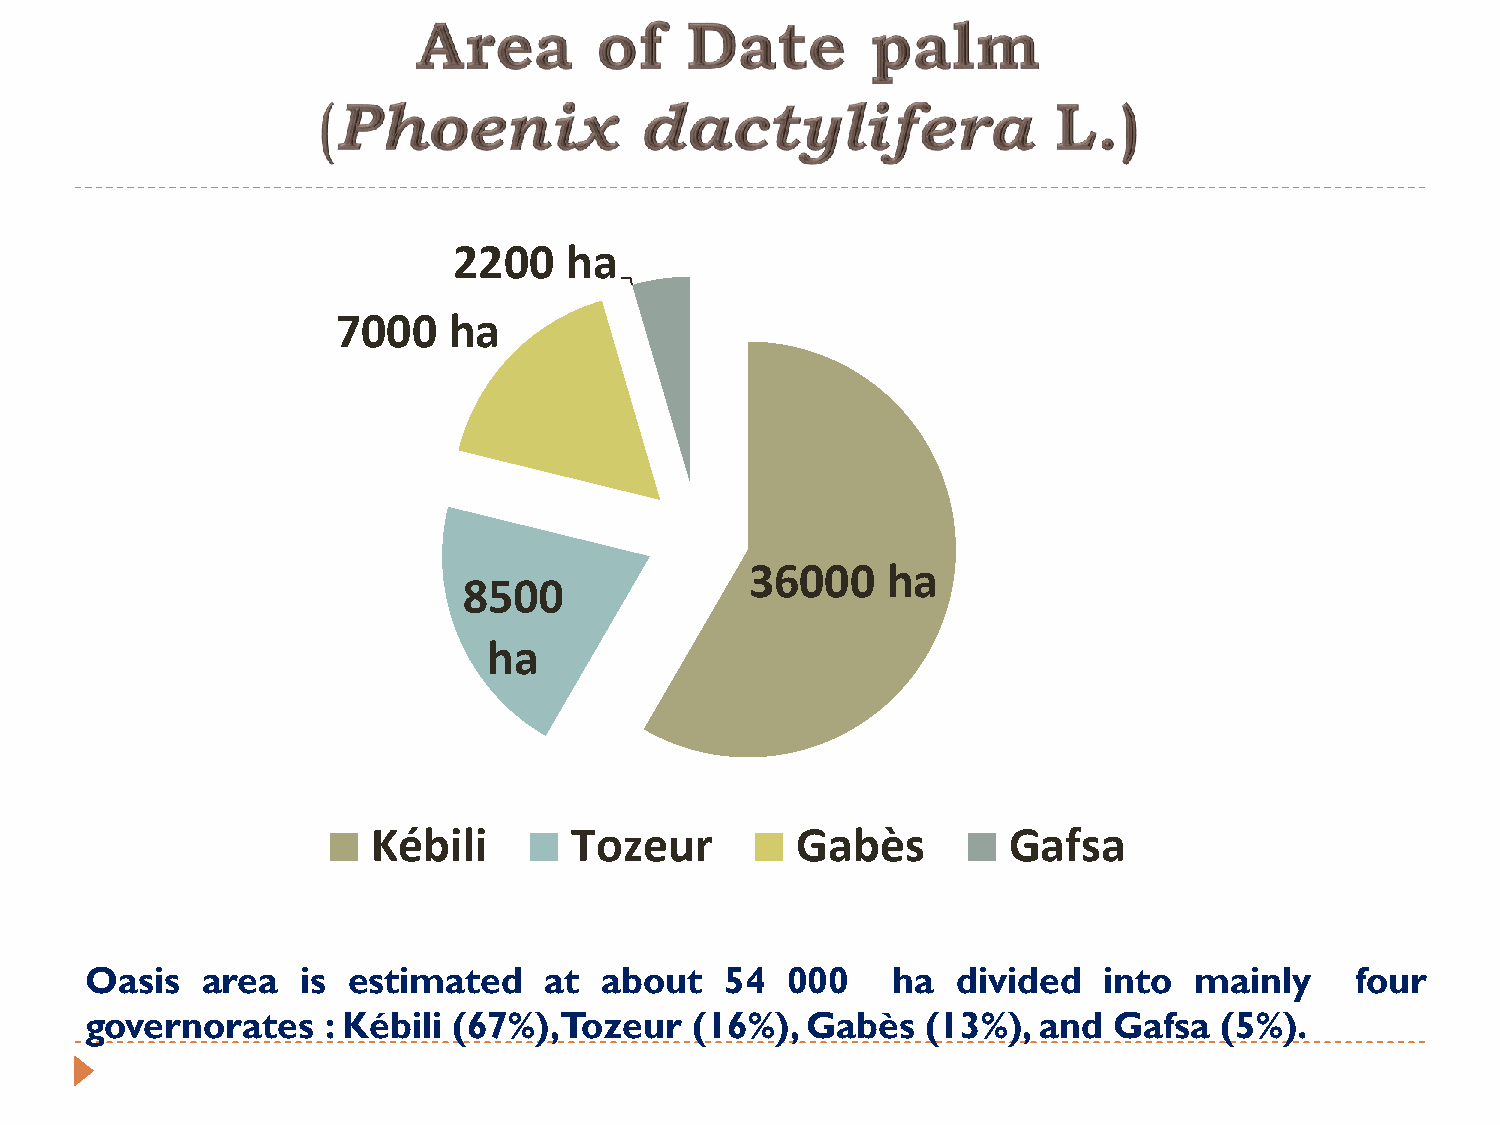
2200   ha
 7000    ha
 36000    ha
 8500
 ha
 Kébili       Tozeur         Gabès         Gafsa
 Oasis  area   is estimated    at  about   54  000    ha  divided   into  mainly     four
 governorates    : Kébili (67%),Tozeur   (16%),Gabès    (13%),and    Gafsa  (5%).